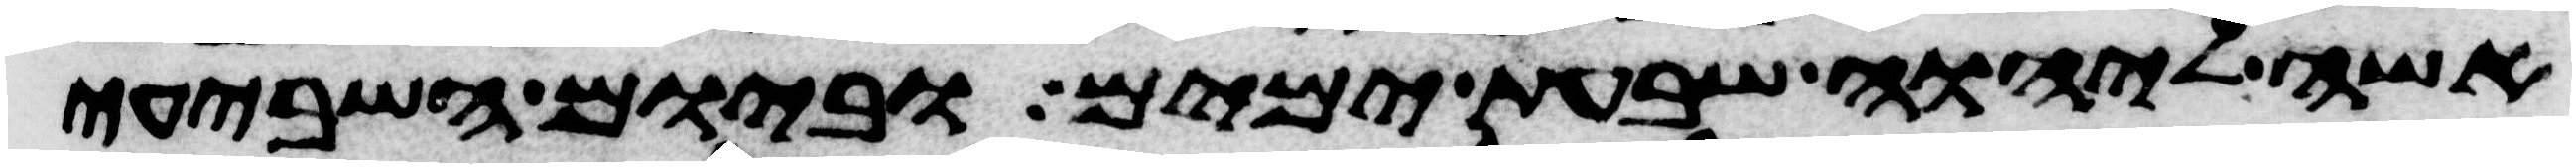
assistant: אשה ליהוה שבעת ימים וביום השביעי